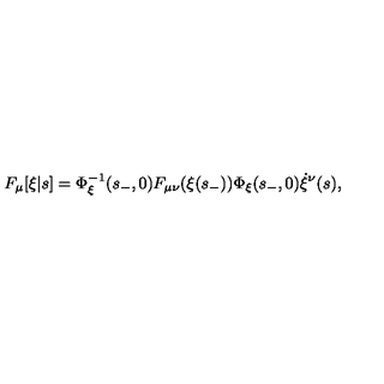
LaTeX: F _ { \mu } [ \xi | s ] = \Phi _ { \xi } ^ { - 1 } ( s _ { - } , 0 ) F _ { \mu \nu } ( \xi ( s _ { - } ) ) \Phi _ { \xi } ( s _ { - } , 0 ) \dot { \xi } ^ { \nu } ( s ) ,